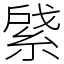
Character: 䋯